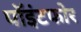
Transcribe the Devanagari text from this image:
पॉइंटफोर